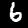
Digit: 6